Structure of Hæmatopota pluvialis (Meigen) - Number 55
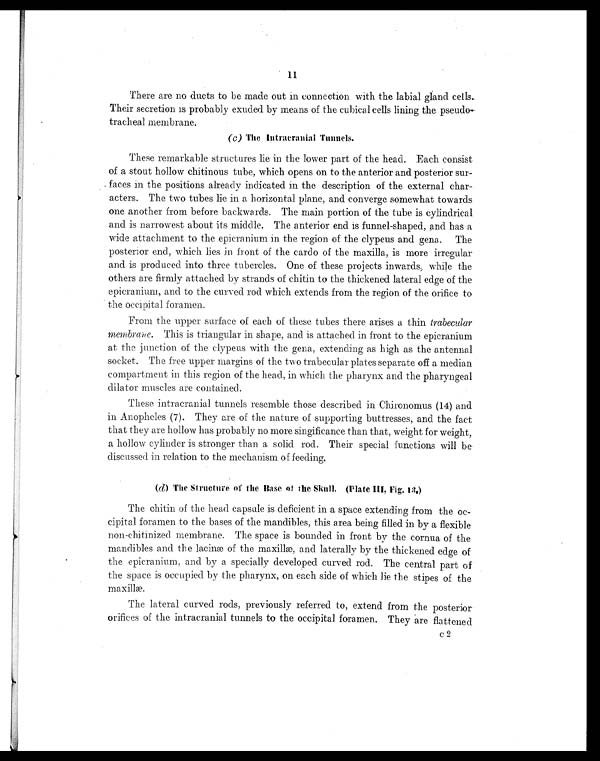
11
There are no ducts to be made out in connection with the labial gland cells
.Their secretion is probably exuded by means of the cubical cells lining the pseudo-
tracheal membrane.
(c) The Intracranial Tunnels.
These remarkable structures lie in the lower part of the head. Each consist
of a stout hollow chitinous tube, which opens on to the anterior and posterior sur
-faces in the positions already indicated in the description of the external char
-acters. The two tubes lie in a horizontal plane, and converge somewhat towards
one another from before backwards. The main portion of the tube is cylindrical
and is narrowest about its middle. The anterior end is funnel-shaped, and has a
wide attachment to the epicranium in the region of the clypeus and gena. The
posterior end, which lies in front of the cardo of the maxilla, is more irregular
and is produced into three tubercles. One of these projects inwards, while the
others are firmly attached by strands of chitin to the thickened lateral edge of the
epicranium, and to the curved rod which extends from the region of the orifice to
the occipital foramen.
From the upper surface of each of these tubes there arises a thin trabecular
membrane. This is triangular in shape, and is attached in front to the epicranium
at the junction of the clypeus with the gena, extending as high as the antennal
socket. The free upper margins of the two trabecular plates separate off a median
compartment in this region of the head, in which the pharynx and the pharyngeal
dilator muscles are contained.
These intracranial tunnels resemble those described in Chironomus (14) and
in Anopheles (7). They are of the nature of supporting buttresses, and the fact
that they are hollow has probably no more singificance than that, weight for weight,
a hollow cylinder is stronger than a solid rod. Their special functions will be
discussed in relation to the mechanism of feeding.
(d) The Structure of the Base of the Skull. (Plate III, Fig. 13.)
The chitin of the head capsule is deficient in a space extending from the oc
-cipital foramen to the bases of the mandibles, this area being filled in by a flexible
non-chitinized membrane. The space is bounded in front by the cornua of the
mandibles and the lacinæ of the maxillæ, and laterally by the thickened edge of
the epicranium, and by a specially developed curved rod. The central part of
the space is occupied by the pharynx, on each side of which lie the stipes of the
maxillæ.
The lateral curved rods, previously referred to, extend from the posterior
orifices of the intracranial tunnels to the occipital foramen. They are flattened
c 2